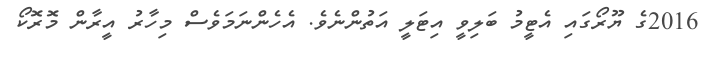
2016ގެ ޔޫރޯގައި އެޓީމު ބަލިވީ އިޓަލީ އަތުންނެވެ. އެހެންނަމަވެސް މިހާރު އީރާން މޮރޮކޯ